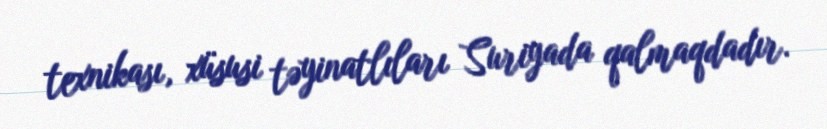
texnikası, xüsusi təyinatlıları Suriyada qalmaqdadır.